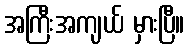
အကြီးအကျယ် မှားပြီ။